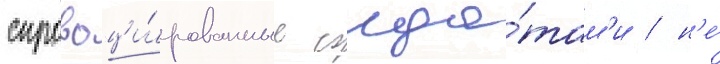
спровоци́рованные солда́там'и / н'е́